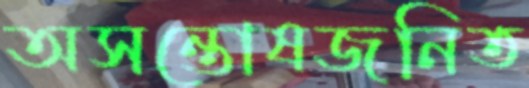
অসন্তোষজনিত